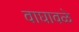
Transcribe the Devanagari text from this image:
वाघावळे